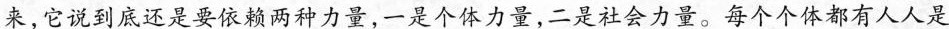
来，它说到底还是要依赖两种力量，一是个体力量，二是社会力量。每个个体都有人人是